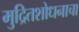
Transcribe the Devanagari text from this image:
मुद्रितशोधनाचा